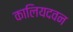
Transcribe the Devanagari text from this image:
कालियदवन